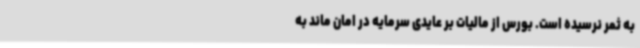
به ثمر نرسیده است‌. بورس از مالیات بر عایدی سرمایه در امان ماند به